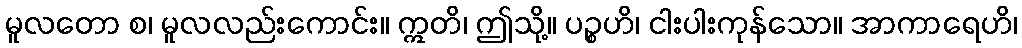
မူလတော စ၊ မူလလည်းကောင်း။ ဣတိ၊ ဤသို့။ ပဉ္စဟိ၊ ငါးပါးကုန်သော။ အာကာရေဟိ၊